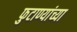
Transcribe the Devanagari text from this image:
फुटाण्यांच्या